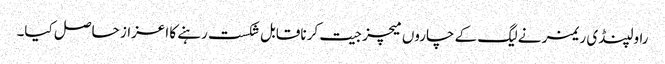
راولپنڈی ریمز نے لیگ کے چاروں میچز جیت کر ناقابل شکست رہنے کا اعزاز حاصل کیا۔